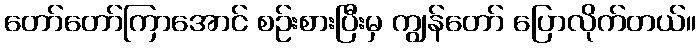
တော်တော်ကြာအောင် စဉ်းစားပြီးမှ ကျွန်တော် ပြောလိုက်တယ်။